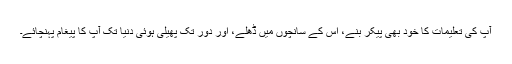
آپؐ کی تعلیمات کا خود بھی پیکر بنے، اس کے سانچوں میں ڈھلے، اور دُور تک پھیلی ہوئی دنیا تک آپؐ کا پیغام پہنچائے۔